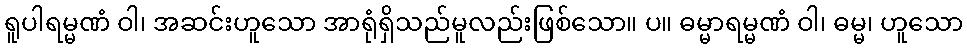
ရူပါရမ္မဏံ ဝါ၊ အဆင်းဟူသော အာရုံရှိသည်မူလည်းဖြစ်သော။ ပ။ ဓမ္မာရမ္မဏံ ဝါ၊ ဓမ္မ၊ ဟူသော